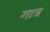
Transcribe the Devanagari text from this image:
गात्र